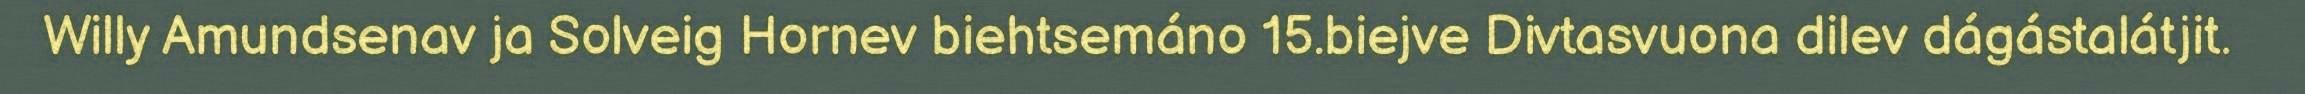
Willy Amundsenav ja Solveig Hornev biehtsemáno 15.biejve Divtasvuona dilev dágástalátjit.